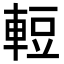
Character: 𮝒